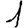
Digit: 1